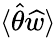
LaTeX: \langle\widehat\theta\widehat w\rangle